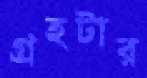
গ্রহটার